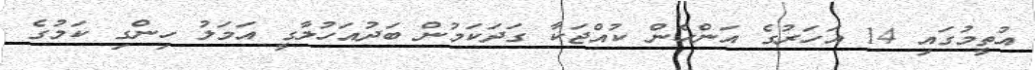
އުތީމުގައި 14 އަހަރުގެ އަންހެން ކުއްޖަކާ ގަދަކަމުން ބަދުއަހުލާގީ އަމަލު ހިންގި ކަމުގެ